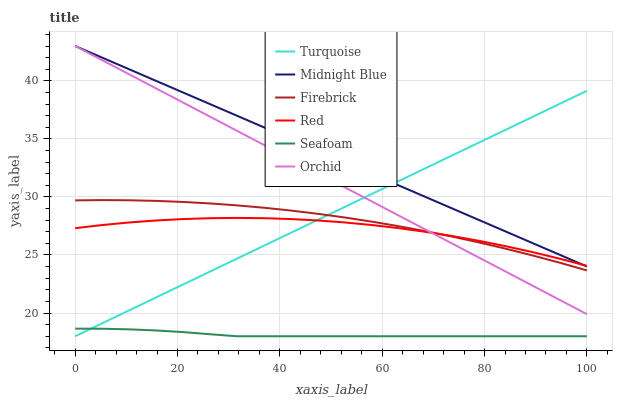
| xaxis_label | Turquoise | Midnight Blue | Firebrick | Red | Seafoam | Orchid |
 | --- | --- | --- | --- | --- | --- | --- |
 | 0 | 18 | 43 | 29.7 | 27.3 | 18.7 | 43 |
 | 5.26 | 19.1 | 42 | 29.7 | 27.6 | 18.6 | 41.8 |
 | 10.5 | 20.2 | 41 | 29.7 | 27.8 | 18.6 | 40.6 |
 | 15.8 | 21.3 | 40 | 29.7 | 28 | 18.5 | 39.4 |
 | 21.1 | 22.5 | 39 | 29.6 | 28.1 | 18.4 | 38.1 |
 | 26.3 | 23.6 | 38 | 29.4 | 28.2 | 18.2 | 36.9 |
 | 31.6 | 24.7 | 37 | 29.3 | 28.2 | 18 | 35.7 |
 | 36.8 | 25.8 | 36 | 29.1 | 28.2 | 18 | 34.5 |
 | 42.1 | 26.9 | 35 | 28.8 | 28.1 | 18 | 33.3 |
 | 47.4 | 28 | 34 | 28.5 | 28 | 18 | 32.1 |
 | 52.6 | 29.1 | 33 | 28.2 | 27.8 | 18 | 30.8 |
 | 57.9 | 30.2 | 32 | 27.9 | 27.6 | 18 | 29.6 |
 | 63.2 | 31.4 | 31 | 27.5 | 27.3 | 18 | 28.4 |
 | 68.4 | 32.5 | 30 | 27.1 | 27 | 18 | 27.2 |
 | 73.7 | 33.6 | 29 | 26.6 | 26.6 | 18 | 26 |
 | 78.9 | 34.7 | 28 | 26.1 | 26.2 | 18 | 24.8 |
 | 84.2 | 35.8 | 27 | 25.5 | 25.8 | 18 | 23.5 |
 | 89.5 | 36.9 | 26 | 24.9 | 25.2 | 18 | 22.3 |
 | 94.7 | 38 | 25 | 24.3 | 24.7 | 18 | 21.1 |
 | 100 | 39.1 | 24 | 23.7 | 24.1 | 18 | 19.9 |